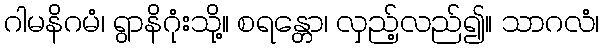
ဂါမနိဂမံ၊ ရွာနိဂုံးသို့။ စရန္တော၊ လှည့်လည်၍။ သာဂလံ၊